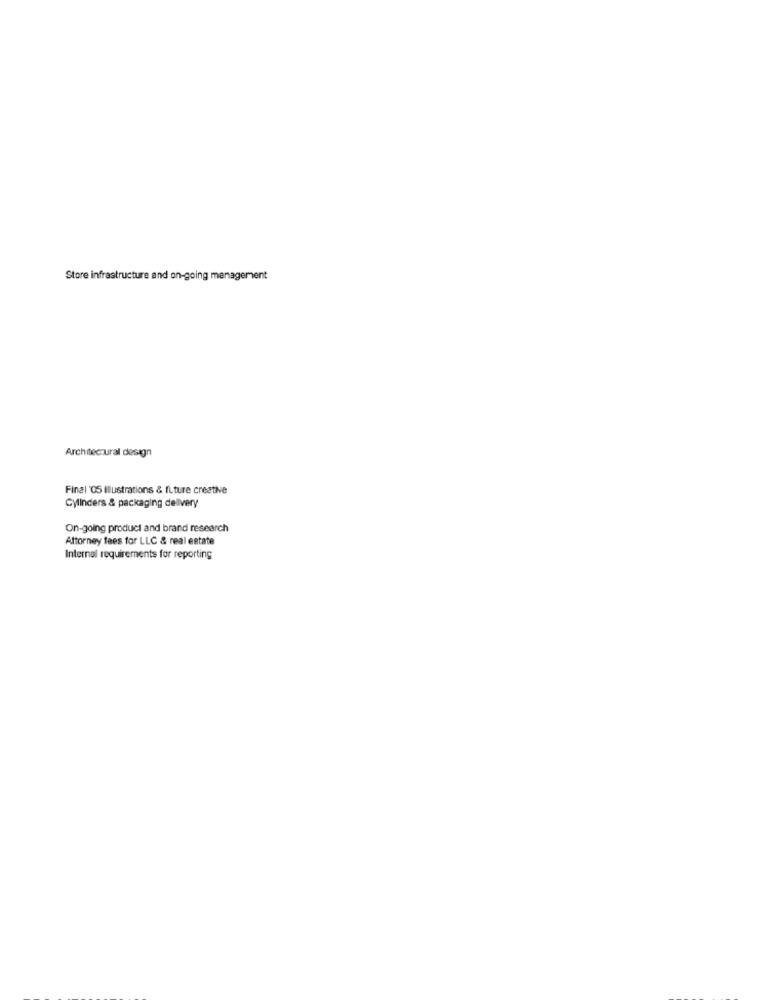
Store infrastructure and on-going menagement
Architectural design
Final '05 Illustrations & future creative
Cylinders & packaging delivery
On-going product and brand research
Attorney fees for LLC & real estate
Internal requirements for reporting